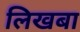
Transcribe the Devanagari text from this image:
लिखबा